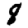
Digit: 8